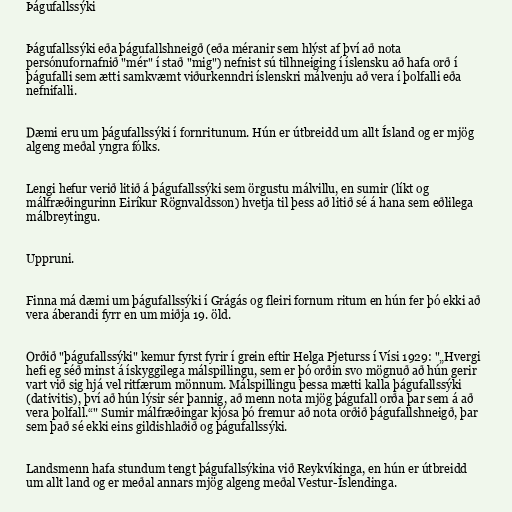
Þágufallssýki

Þágufallssýki eða þágufallshneigð (eða méranir sem hlýst af því að nota
persónufornafnið "mér" í stað "mig") nefnist sú tilhneiging í íslensku að hafa orð í
þágufalli sem ætti samkvæmt viðurkenndri íslenskri málvenju að vera í þolfalli eða
nefnifalli.

Dæmi eru um þágufallssýki í fornritunum. Hún er útbreidd um allt Ísland og er mjög
algeng meðal yngra fólks.

Lengi hefur verið litið á þágufallssýki sem örgustu málvillu, en sumir (líkt og
málfræðingurinn Eiríkur Rögnvaldsson) hvetja til þess að litið sé á hana sem eðlilega
málbreytingu.

Uppruni.

Finna má dæmi um þágufallssýki í Grágás og fleiri fornum ritum en hún fer þó ekki að
vera áberandi fyrr en um miðja 19. öld.

Orðið "þágufallssýki" kemur fyrst fyrir í grein eftir Helga Pjeturss í Vísi 1929: "„Hvergi
hefi eg séð minst á ískyggilega málspillingu, sem er þó orðin svo mögnuð að hún gerir
vart við sig hjá vel ritfærum mönnum. Málspillingu þessa mætti kalla þágufallssýki
(dativitis), því að hún lýsir sér þannig, að menn nota mjög þágufall orða þar sem á að
vera þolfall.“" Sumir málfræðingar kjósa þó fremur að nota orðið þágufallshneigð, þar
sem það sé ekki eins gildishlaðið og þágufallssýki.

Landsmenn hafa stundum tengt þágufallsýkina við Reykvíkinga, en hún er útbreidd
um allt land og er meðal annars mjög algeng meðal Vestur-Íslendinga.